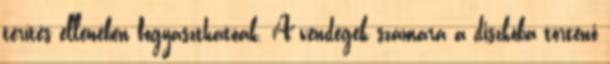
térítés ellenében fogyaszthatóak. A vendégek számára a diszkóba történő